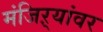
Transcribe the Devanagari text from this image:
मंजिऱ्यांवर